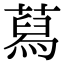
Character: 蕮